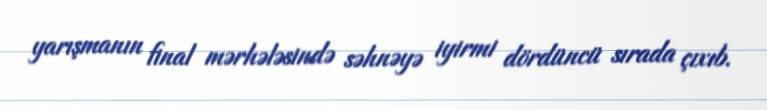
yarışmanın final mərhələsində səhnəyə iyirmi dördüncü sırada çıxıb.